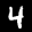
Label: 4